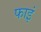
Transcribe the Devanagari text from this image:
फाइं